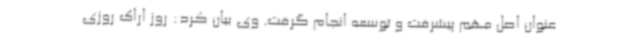
عنوان اصل مهم پیشرفت و توسعه انجام گرفت. وی بیان کرد: روز اراک روزی